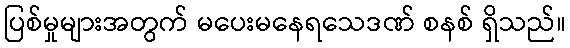
ပြစ်မှုများအတွက် မပေးမနေရသေဒဏ် စနစ် ရှိသည်။